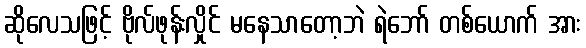
ဆိုလေသဖြင့် ဗိုလ်ဖုန်းလှိုင် မနေသာတော့ဘဲ ရဲဘော် တစ်ယောက် အား